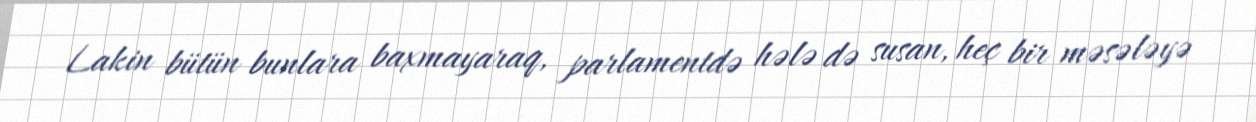
Lakin bütün bunlara baxmayaraq, parlamentdə hələ də susan, heç bir məsələyə